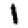
Digit: 1